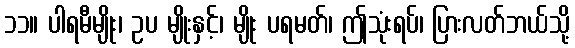
၁၁။ ပါရမီမျိုး၊ ဥပ မျိုးနှင့်၊ မျိုး ပရမတ်၊ ဤသုံးရပ်၊ ပြားလတ်ဘယ်သို့